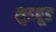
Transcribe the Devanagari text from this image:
लुडबूड